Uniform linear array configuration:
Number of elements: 32
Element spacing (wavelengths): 1
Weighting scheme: hann
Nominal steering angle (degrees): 0
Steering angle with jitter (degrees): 0.8496
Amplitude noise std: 0.05
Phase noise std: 0.05

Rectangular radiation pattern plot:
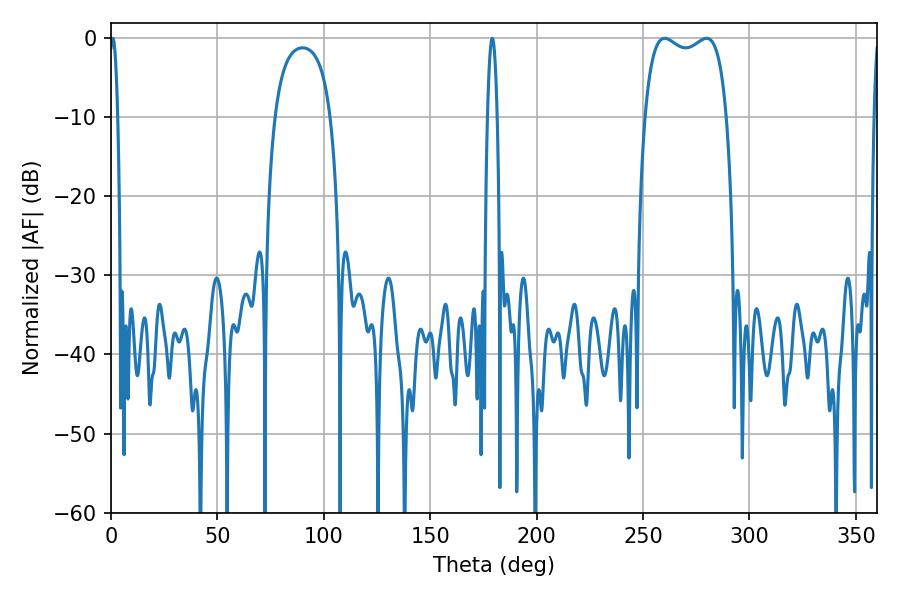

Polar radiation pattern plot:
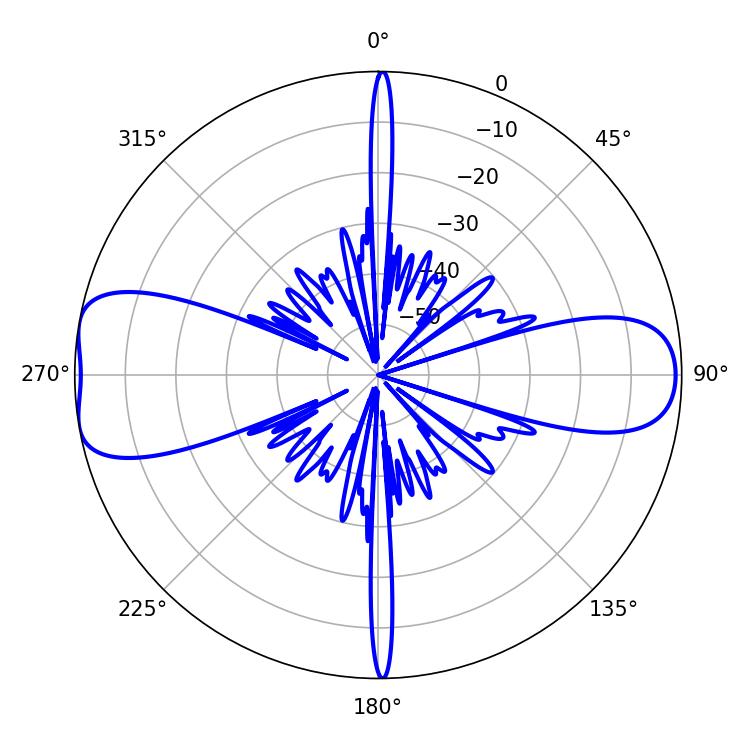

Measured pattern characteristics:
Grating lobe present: TRUE
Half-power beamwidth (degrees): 31.32
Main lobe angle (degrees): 279.9